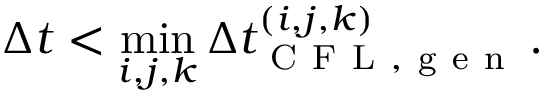
\Delta t < \operatorname* { m i n } _ { i , j , k } \Delta t _ { \mathrm { ~ C ~ F ~ L ~ , ~ g ~ e ~ n ~ } } ^ { ( i , j , k ) } \, .